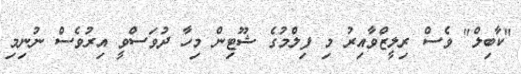
"ކާބިލް" ވެސް ރިލީޒްވާއިރު މި ފިލްމުގެ ޝޫޓިން މިހާ ދުވަސްވީ އިރުވެސް ނުނިމި